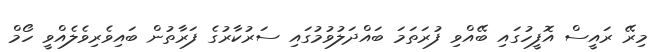
މިރޭ ރައީސް އޮފީހުގައި ބޭއްވި ފުރަތަމަ ބައްދަލުވުމުގައި ސަރުކާރުގެ ފަރާތުން ބައިވެރިވެލެއްވީ ހޯމް